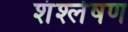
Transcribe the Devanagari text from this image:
शंश्लेषण